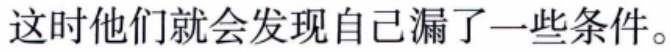
这时他们就会发现自己漏了一些条件。